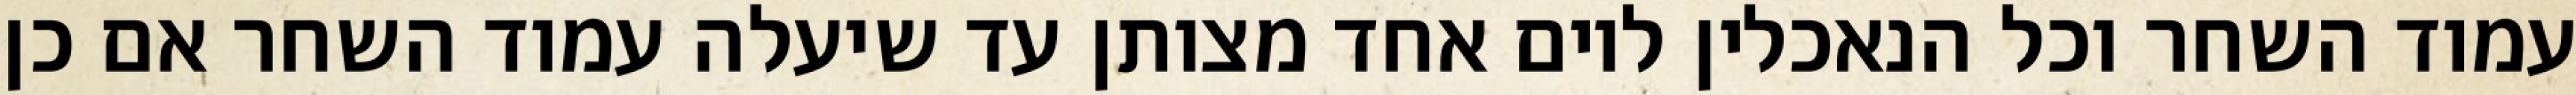
עמוד השחר וכל הנאכלין ליום אחד מצותן עד שיעלה עמוד השחר אם כן